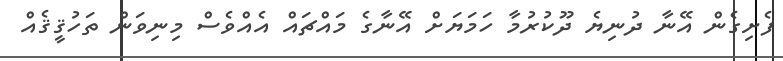
ފެށިގެން އޭނާ ދުނިޔެ ދޫކުރުމާ ހަމަޔަށް އޭނާގެ މައްޗައް އެއްވެސް މިނިވަން ތަހުޤީޤެއް